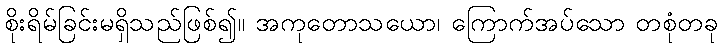
စိုးရိမ်ခြင်းမရှိသည်ဖြစ်၍။ အကုတောသယော၊ ကြောက်အပ်သော တစုံတခု